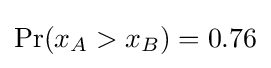
\Pr(x_{A}>x_{B})=0.76